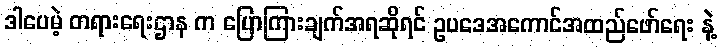
ဒါပေမဲ့ တရားရေးဌာန က ပြောကြားချက်အရဆိုရင် ဥပဒေအကောင်အထည်ဖော်ရေး နဲ့